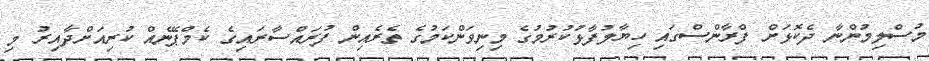
މުސްލިމުންނާ ދެކޮޅަށް ފްރާންސްގައި ހިޔާލުފާޅުކުރުމުގެ މިނިވަންކަމުގެ ތެރެއިން ފުރައްސާރައިގެ ކެމްޕޭނެއް ކުރިއަށްދާއިރު މި